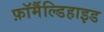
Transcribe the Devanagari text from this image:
फ़ॉर्मैल्डिहाइड